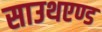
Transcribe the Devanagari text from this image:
साउथएण्ड